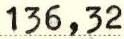
136,32